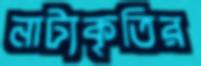
নাট্যকৃতির